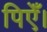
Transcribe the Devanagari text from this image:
पिएँ।